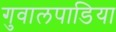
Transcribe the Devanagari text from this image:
गुवालपाडिया